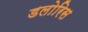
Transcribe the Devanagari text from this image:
डलोरिस